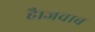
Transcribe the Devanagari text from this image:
है।जवाब